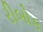
રીબોક